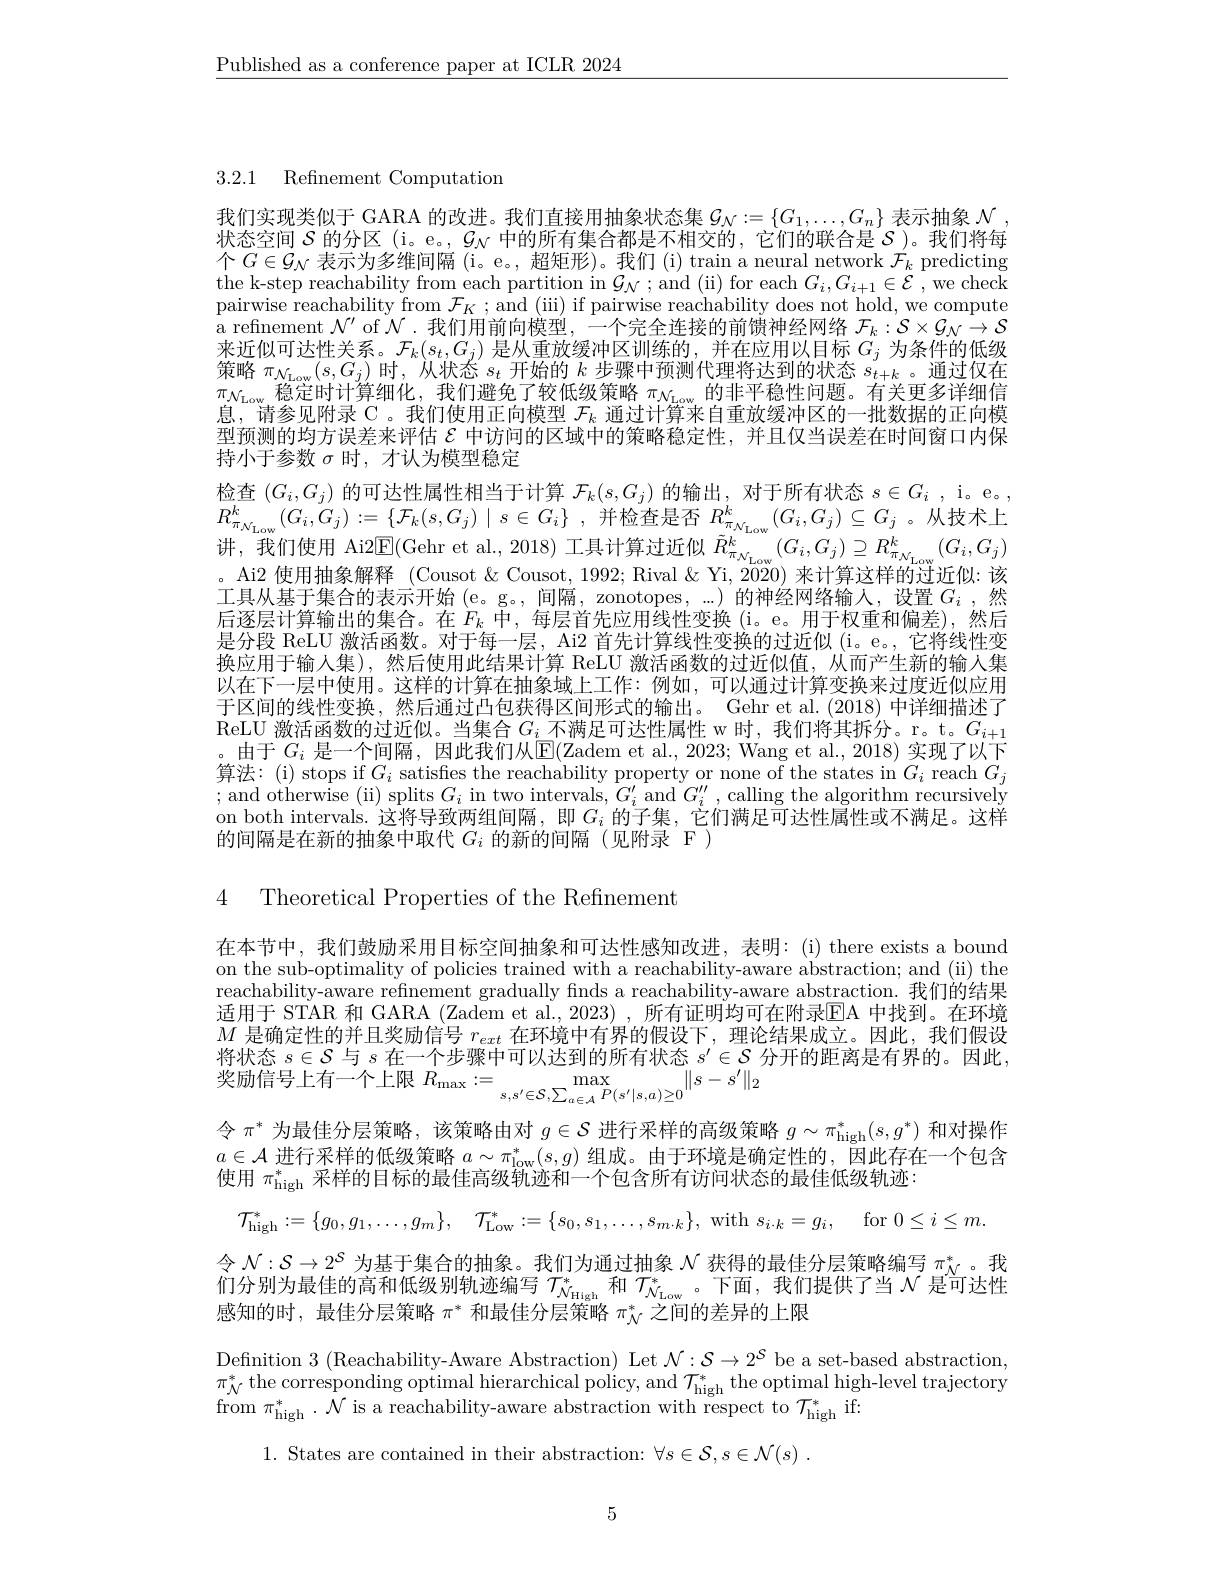
$\underline{\text{Published as a conference paper at ICLR 2024}}$

3.2.1 Refinement Computation

我们实现类似于 GARA 的改进。我们直接用抽象状态集$\mathcal{G}_N:=\{G_1,\ldots,G_n\}$表示抽象$\mathcal{N}$ 状态空间$S$的分区 (i。e。, $\mathcal{G}_N$中的所有集合都是不相交的，它们的联合是$\mathcal{S}$ )。我们将每个$G\in\mathcal{G}_N$表示为多维间隔 (i。e。, 超矩形)。我们 (i) train a neural network $\mathcal{F}_k$ predicting the k-step reachability from each partition in $\mathcal{G}_{\mathcal{N}};$and (ii) for each $G_i,G_{i+1}\in\mathcal{E}$,we check pairwise reachability from $\mathcal{F}_K;$and (iii) if pairwise reachability does not hold, we compute a refinement $\mathcal{N}^{\prime}$ of $\mathcal{N}$ .我们用前向模型，一个完全连接的前馈神经网络$\mathcal{F}_k:\mathcal{S}\times\mathcal{G}_N\to\mathcal{S}$ 来近似可达性关系。$\mathcal{F}_k(s_t,G_j)$是从重放缓冲区训练的，并在应用以目标$G_j$为条件的低级策略$\pi_{\mathcal{N}_\mathrm{Low}}(s,G_j)$时，从状态$s_t$开始的$k$步骤中预测代理将达到的状态$s_t+k$ 。通过仅在
稳定时计算细化、我们避免了较低级策略$\pi_\mathrm{N\tau\omega}$的非平稳性问题。有关更多详细信
$\angle AV_{\mathrm{r}}$
息，请参见附录 C。我们使用正向模型$\mathcal{F}_k$通过计算来自重放缓冲区的一批数据的正向模型预测的均方误差来评估$\varepsilon$中访问的区域中的策略稳定性，并且仅当误差在时间窗口内保持小于参数$\sigma$时，才认为模型稳定
检查$(G_i,G_j)$的可达性属性相当于计算$\mathcal{F}_k(s,G_j)$的输出，对于所有状态$s\in G_i$, i。e。, $R_{\pi _{\mathcal{N} _{\mathrm{Low}}}}^{k}( G_{i}, G_{j}) : = \{ \mathcal{F} _{k}( s, G_{j}) \mid s\in G_{i}\}$ ,并检查是否$R_{\pi_{\mathcal{N}_{\mathrm{Low}}}}^{k}(G_{i},G_{j})\subseteq G_{j}$ 。从技术上讲，我们使用 Ai2E(Gehr et al., 2018) 工具计算过近似$\tilde{R}_\pi_{\mathcal{N}_{\mathrm{Low}}}^{k}(G_{i},G_{j})\supseteq R_{\pi_{\mathcal{N}_{\mathrm{Low}}}}^{k}(G_{i},G_{j})$ 。Ai2 使用抽象解释 (Cousot & Cousot, 1992; Rival & Yi, 2020) 来计算这样的过近似：该工具从基于集合的表示开始 (e。g。,间隔，zonotopes,...)的神经网络输人，设置 $G_i$,然后逐层计算输出的集合。在$F_k$中，每层首先应用线性变换 (i。e。用于权重和偏差),然后是分段 ReLU 激活函数。对于每一层，Ai2 首先计算线性变换的过近似 (i。e。, 它将线性变换应用于输入集),然后使用此结果计算 ReLU 激活函数的过近似值，从而产生新的输人集以在下一层中使用。这样的计算在抽象域上工作：例如，可以通过计算变换来过度近似应用于区间的线性变换，然后通过凸包获得区间形式的输出。Gehr et al.(2018) 中详细描述了$\begin{aligned}\text{ReLU 激活函数的过近似。当集合 }G_{i}\text{ 不满足可达性属性 w 时，我们将其拆分。r。t。}G_{i+1}\\\text{中王 }C^{\text{ 目一个问區 甲此我们从}}\mathrm{E/7}\mathrm{dom~ot~l}\mathrm{~2003.~Won~ot~ol~2018~}\end{aligned}$
由于 $G_i$ 是一个间隔，因此我们从E(Zadem et al., 2023; Wang et al., 2018) 实现了以下算法：(i) stops if$G_i$ satisfes the reachability property or none of the states in $G_i$ reach $G_j$ ; and otherwise ( ii) splits $G_{i}$ in two intervals$,G_i^{\prime}$ and $G_i^{\prime\prime}$,calling the algorithm recursivelý on both intervals. 这将导致两组间隔，即$G_i$的子集，它们满足可达性属性或不满足。这样的间隔是在新的抽象中取代$G_i$的新的间隔(见附录 F)

4 Theoretical Properties of the Refinement

在本节中，我们鼓励采用目标空间抽象和可达性感知改进，表明：(i) there exists a bound on the sub-optimality of policies trained with a reachability-aware abstraction; and (ii) the reachability-aware refinement gradually finds a reachability-aware abstraction. 我们的结果适用于 STAR 和 GARA (Zadem et al., 2023) , 所有证明均可在附录EA 中找到。在环境$M$是确定性的并且奖励信号$r_ext$在环境中有界的假设下，理论结果成立。因此，我们假设将状态$s\in\mathcal{S}$与$s$在一个步骤中可以达到的所有状态$s^\prime\in\mathcal{S}$分开的距离是有界的。因此， {}奖励信号上有一个上限$R_\max:=\max_s,s^{\prime}\in\mathcal{S},\sum_{a\in\mathcal{A}}P(s^{\prime}|s,a)\geq0\|s-s^{\prime}\|_2$
令$\pi^*$为最佳分层策略，该策略由对$g\in\mathcal{S}$进行采样的高级策略$g\sim\pi_\mathrm{high}^*(s,g^*)$和对操作$a\in\mathcal{A}$进行采样的低级策略$a\sim\pi_\mathrm{low}^*(s,g)$组成。由于环境是确定性的，因此存在一个包含使用$\pi_\mathrm{high}^*$采样的目标的最佳高级轨迹和一个包含所有访问状态的最佳低级轨迹：
$\mathcal{T} _{\mathrm{high}}^{* }: = \{ g_{0}, g_{1}, \ldots , g_{m}\} $, $\mathcal{T} _{\mathrm{Low}}^{* }: = \{ s_{0}, s_{1}, \ldots , s_{m\cdot k}\} $, with $s_i\cdot k= g_{i}$, for $0\leq i\leq m.$
令$\mathcal{N}:\mathcal{S}\to2^\mathcal{S}$为基于集合的抽象。我们为通过抽象$\mathcal{N}$获得的最佳分层策略编写$\pi_N^*$。我们分别为最佳的高和低级别轨迹编写$\mathcal{T}_\mathcal{N}_\mathrm{High}^*$和$\mathcal{T}_\mathcal{N}_\mathrm{Low}^*$。下面，我们提供了当$\mathcal{N}$是可达性感知的时，最佳分层策略$\pi^*$和最佳分层策略$\pi_\mathcal{N}^*$之间的差异的上限
Defnition 3 (Reachability-Aware Abstraction) Let $\mathcal{N}:\mathcal{S}\to2^{\mathcal{S}}$ be a set-based abstraction, $\pi_{\mathcal{N}}^{*}$ the corresponding optimal hierarchical policy, and $\mathcal{T}_\mathrm{high}^{*}$ the optimal high-level trajectory $\operatorname { from} \pi _{\mathrm{high}}^{* }. \mathcal{N}$ is a reachability-aware abstraction with respect to $\mathcal{T}_\mathrm{high}^{*}$if:
1. States are contained in their abstraction: $\forall s\in \mathcal{S} , s\in \mathcal{N} ( s)$ .

5